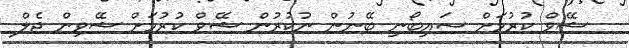
ޝޭވް ކުރުމަށް ސައިބޯނި ބޭނުން ނުކުރުން ޝޭވް ކުރުމަށް ޝޭވިން ޖެލް